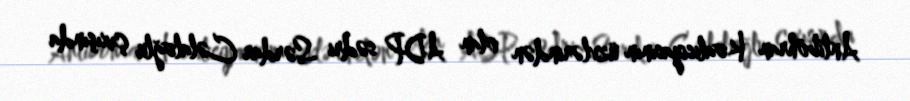
Antiböhran Koalisiyasının üzvlərindən olan ADP sədri Sərdar Cəlaloğlu çıxışında